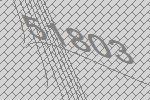
51803